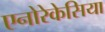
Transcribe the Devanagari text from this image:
एनोरेकेसिया